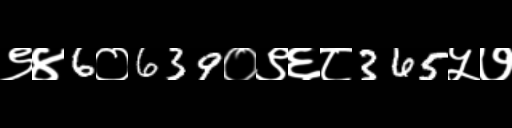
Text: ९४6०639०९६८365५७